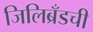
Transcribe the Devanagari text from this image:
जिलिब्रँडची